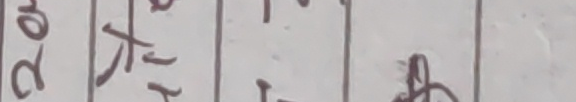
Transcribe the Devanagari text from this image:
२a  ता १ खू